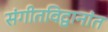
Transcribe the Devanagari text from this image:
संगीतविद्वानांत